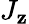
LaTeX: J_{\mathbf{z}}